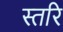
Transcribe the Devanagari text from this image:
स्तरि